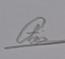
Signature authenticity: genuine